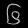
Digit: ၆